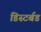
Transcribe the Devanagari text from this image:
डिस्टर्बड